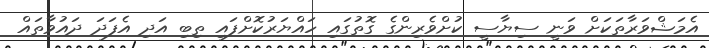
އެމަޝްވަރާތަކަށް ވަނީ ސިޔާސީ ކުށްވެރިންގެ ގޮތުގައި ހައްޔަރުކޮށްފައި ތިބި އަދި އެފަދަ ދައުވާތައް